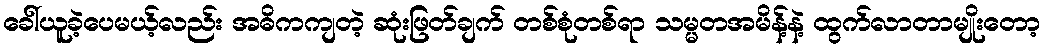
ခေါ်ယူခဲ့ပေမယ့်လည်း အဓိကကျတဲ့ ဆုံးဖြတ်ချက် တစ်စုံတစ်ရာ သမ္မတအမိန့်နဲ့ ထွက်လာတာမျိုးတော့